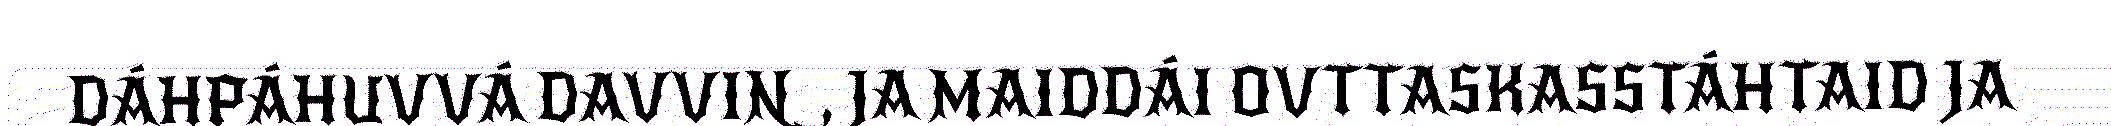
DÁHPÁHUVVÁ DAVVIN, JA MAIDDÁI OVTTASKASSTÁHTAID JA